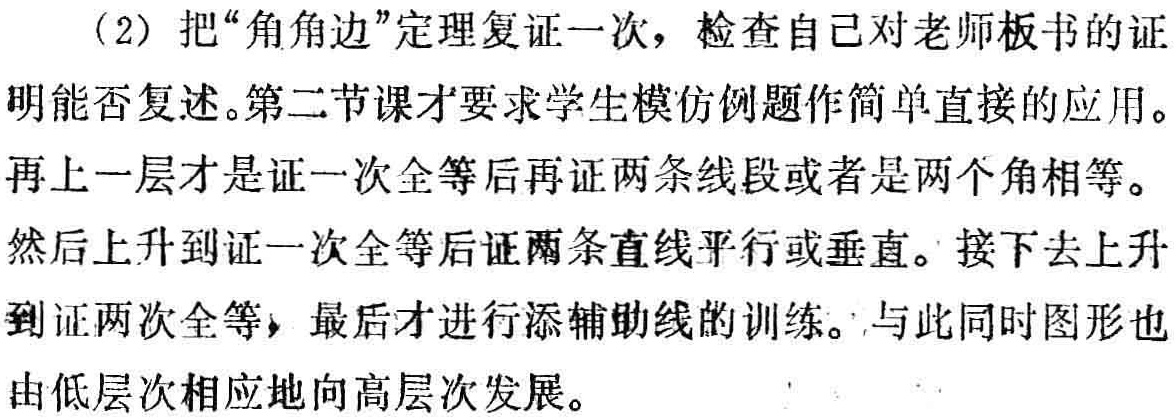
（2）把“角角边”定理复证一次，检查自己对老师板书的证明能否复述。第二节课才要求学生模仿例题作简单直接的应用。再上一层才是证一次全等后再证两条线段或者是两个角相等。然后上升到证一次全等后证两条直线平行或垂直。接下去上升到证两次全等，最后才进行添辅助线的训练。与此同时图形也由低层次相应地向高层次发展。